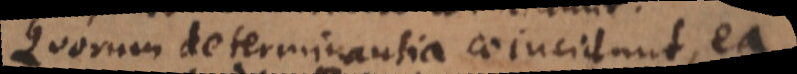
Quorum determinantia coincidunt, ea